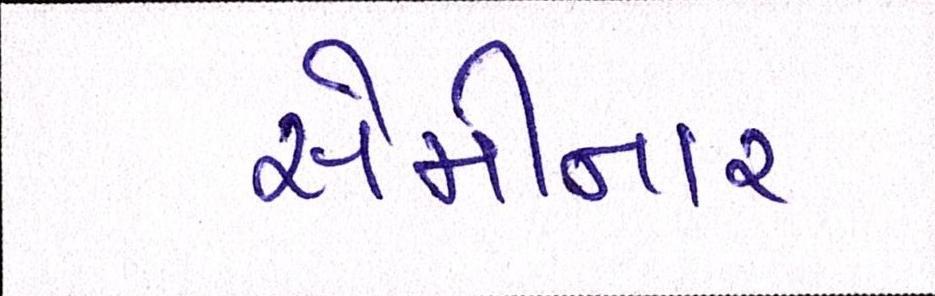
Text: સેમીનાર